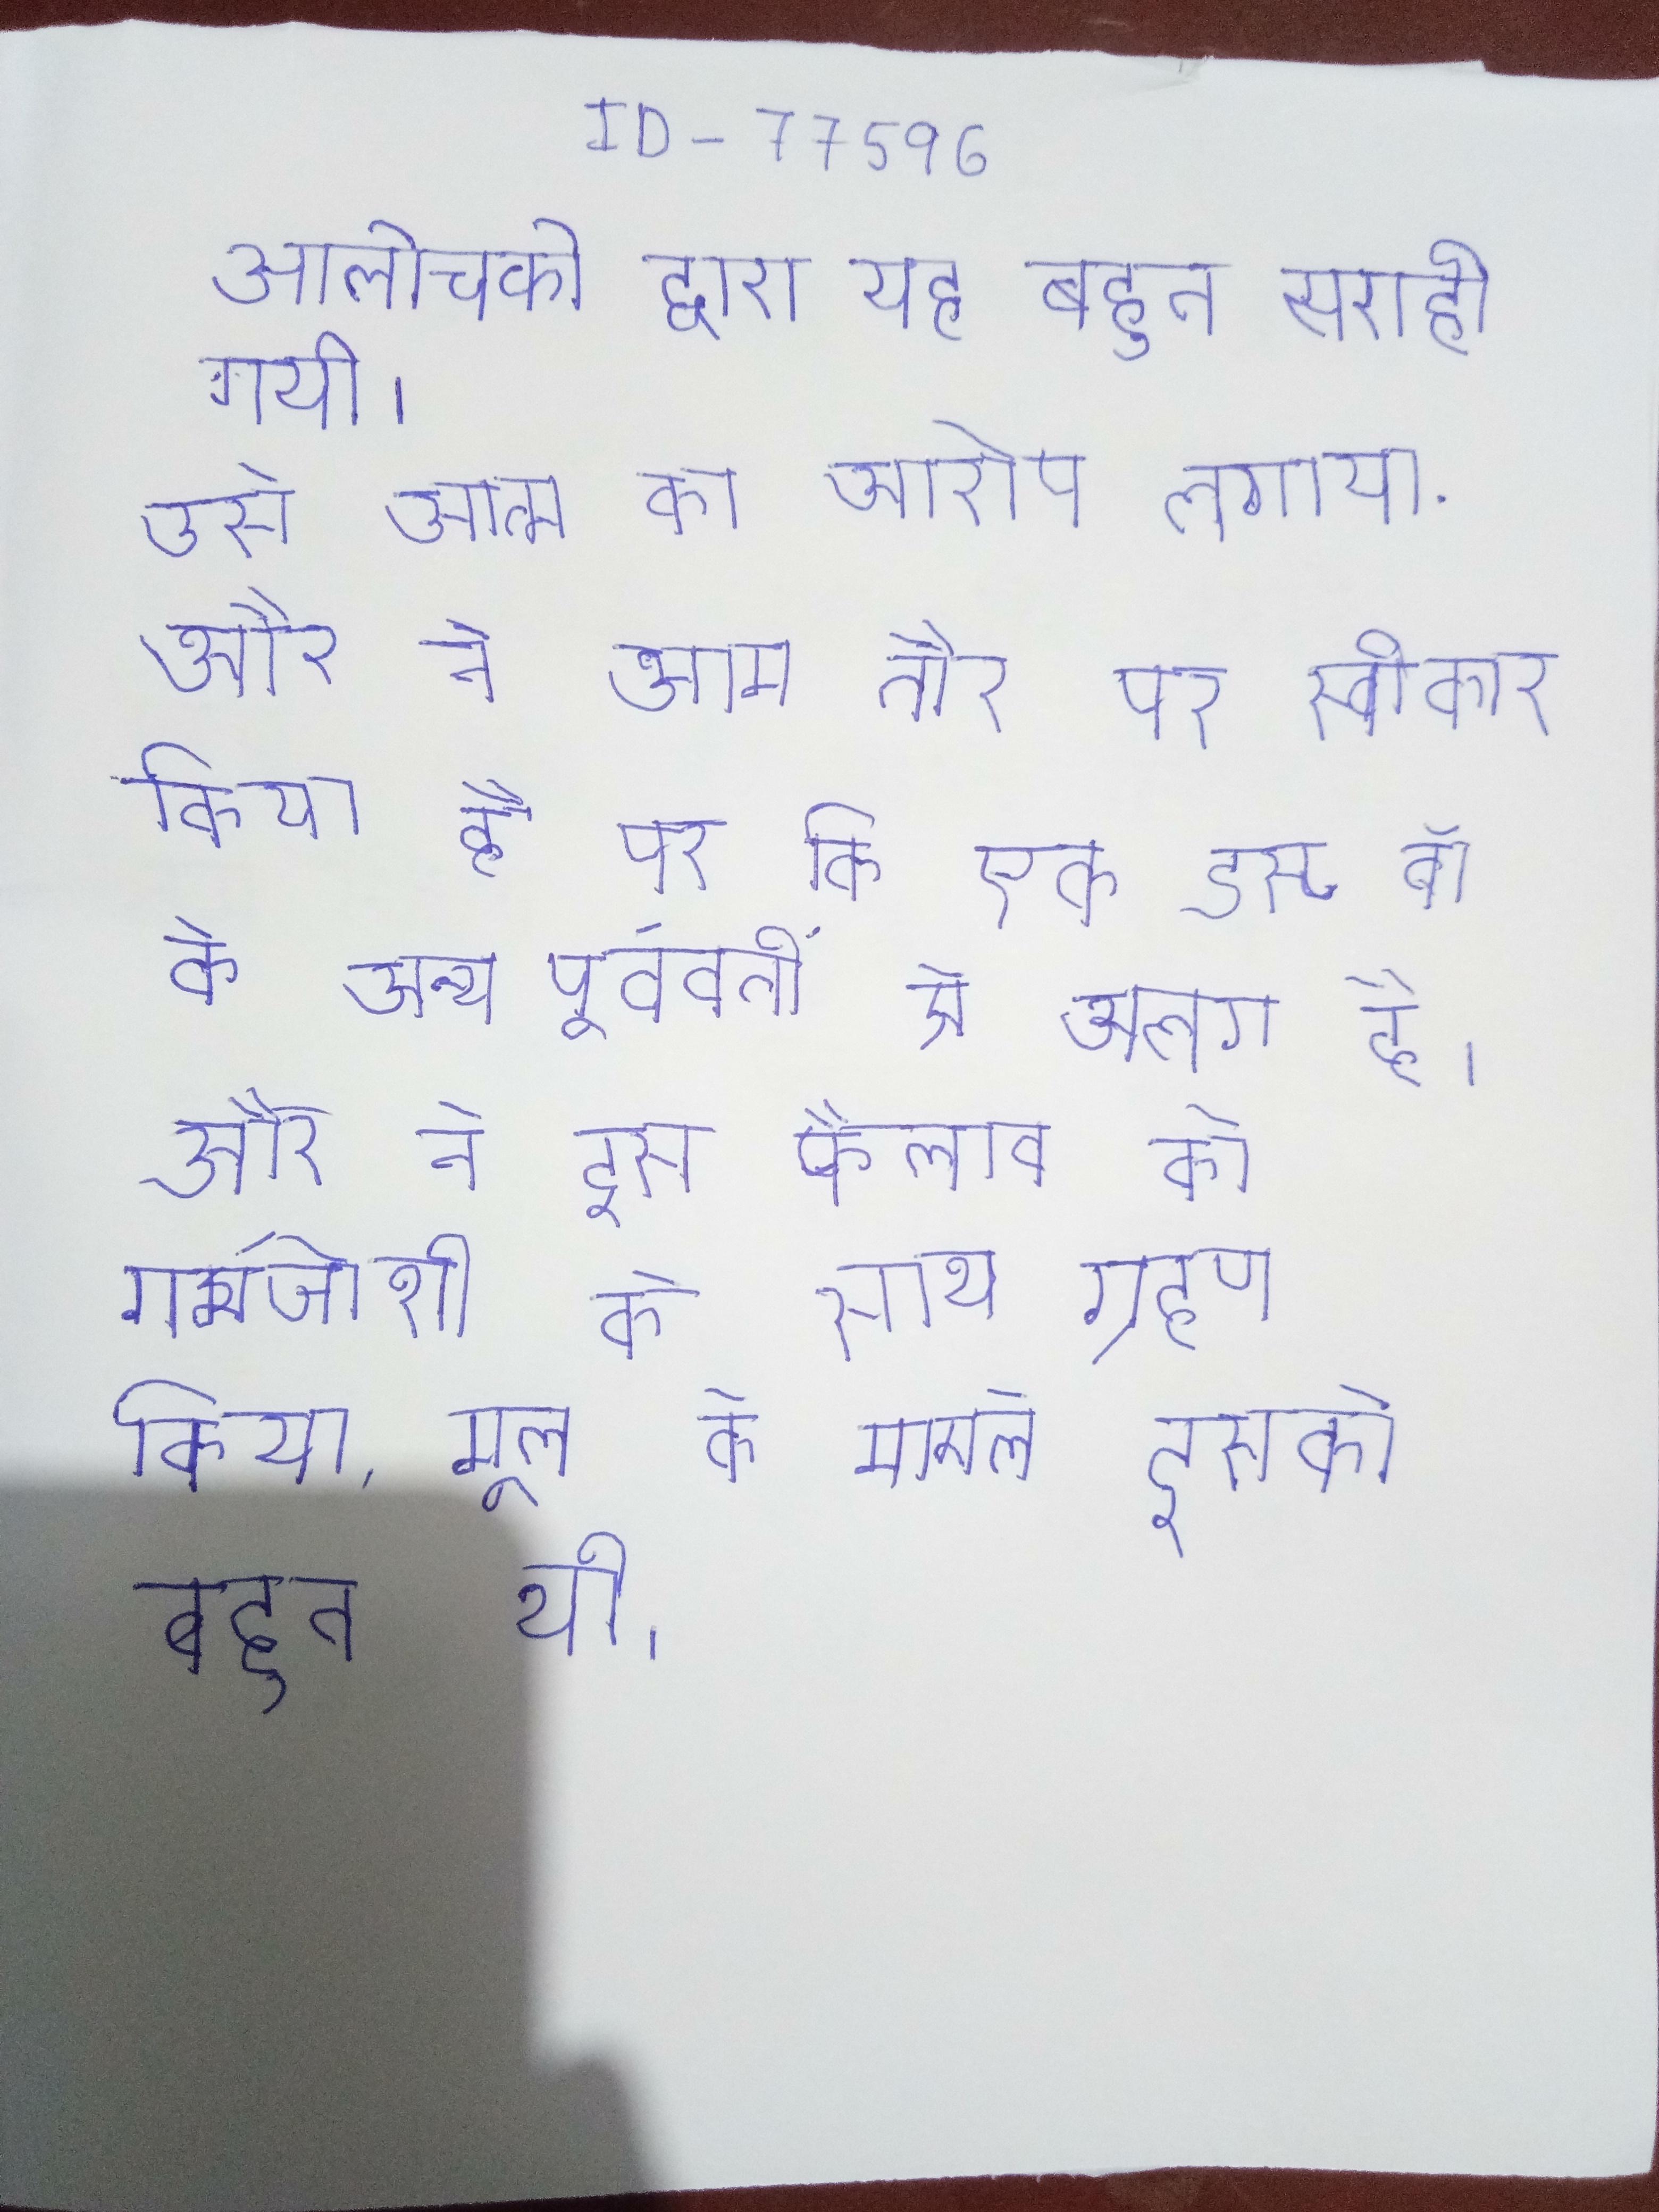
आलोचको द्वारा यह बहुत सराही गयी । उसे आत्म का आरोप लगाया . और ने आम तौर पर स्वीकार किया है कि एक डस्ट वॉ के अन्य पूर्ववर्ती से अलग है । और ने इस फैलाव को गर्मजोशी के साथ ग्रहण किया, मूल के मामले इसकी बहुत थी ।